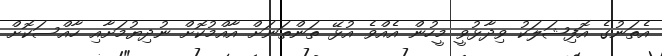
އެތަނުގެ އޮފިޝަލަކު ވިދާޅުވީ މީހުން އެއްވެ އުޅޭ ތަންތަނަށް އާއްމުކޮށް ނުދިޔުމަށާއި ހާއްސަކޮށް